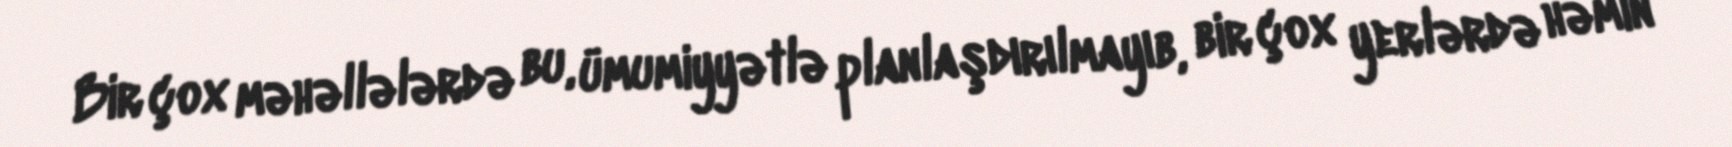
Bir çox məhəllələrdə bu, ümumiyyətlə planlaşdırılmayıb, bir çox yerlərdə həmin